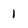
Character: 1